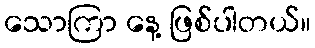
သောကြာ နေ့ ဖြစ်ပါတယ်။